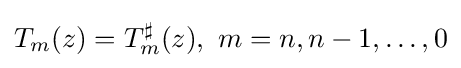
T_{m}(z)=T_{m}^{\sharp }(z),\ m=n,n-1,\ldots ,0